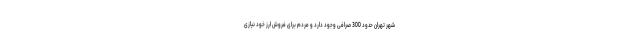
شهر تهران حدود 300 صرافی وجود دارد و مردم برای فروش ارز خود نیازی